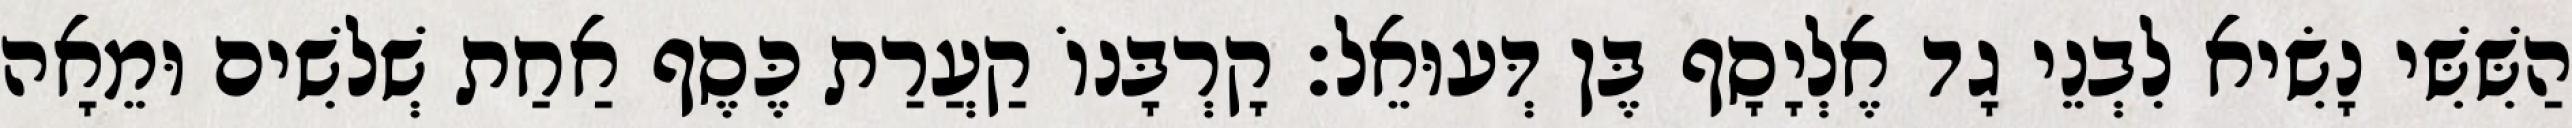
הַשִּׁשִּׁי נָשִׂיא לִבְנֵי גָד אֶלְיָסָף בֶּן דְּעוּאֵל׃ קָרְבָּנוֹ קַעֲרַת כֶּסֶף אַחַת שְׁלשִׁים וּמֵאָה